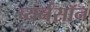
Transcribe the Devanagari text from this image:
ब्यर्नसॉन